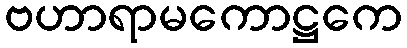
ဗဟာရာမကောဋ္ဌကေ